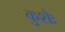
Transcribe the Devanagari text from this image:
कुशैः